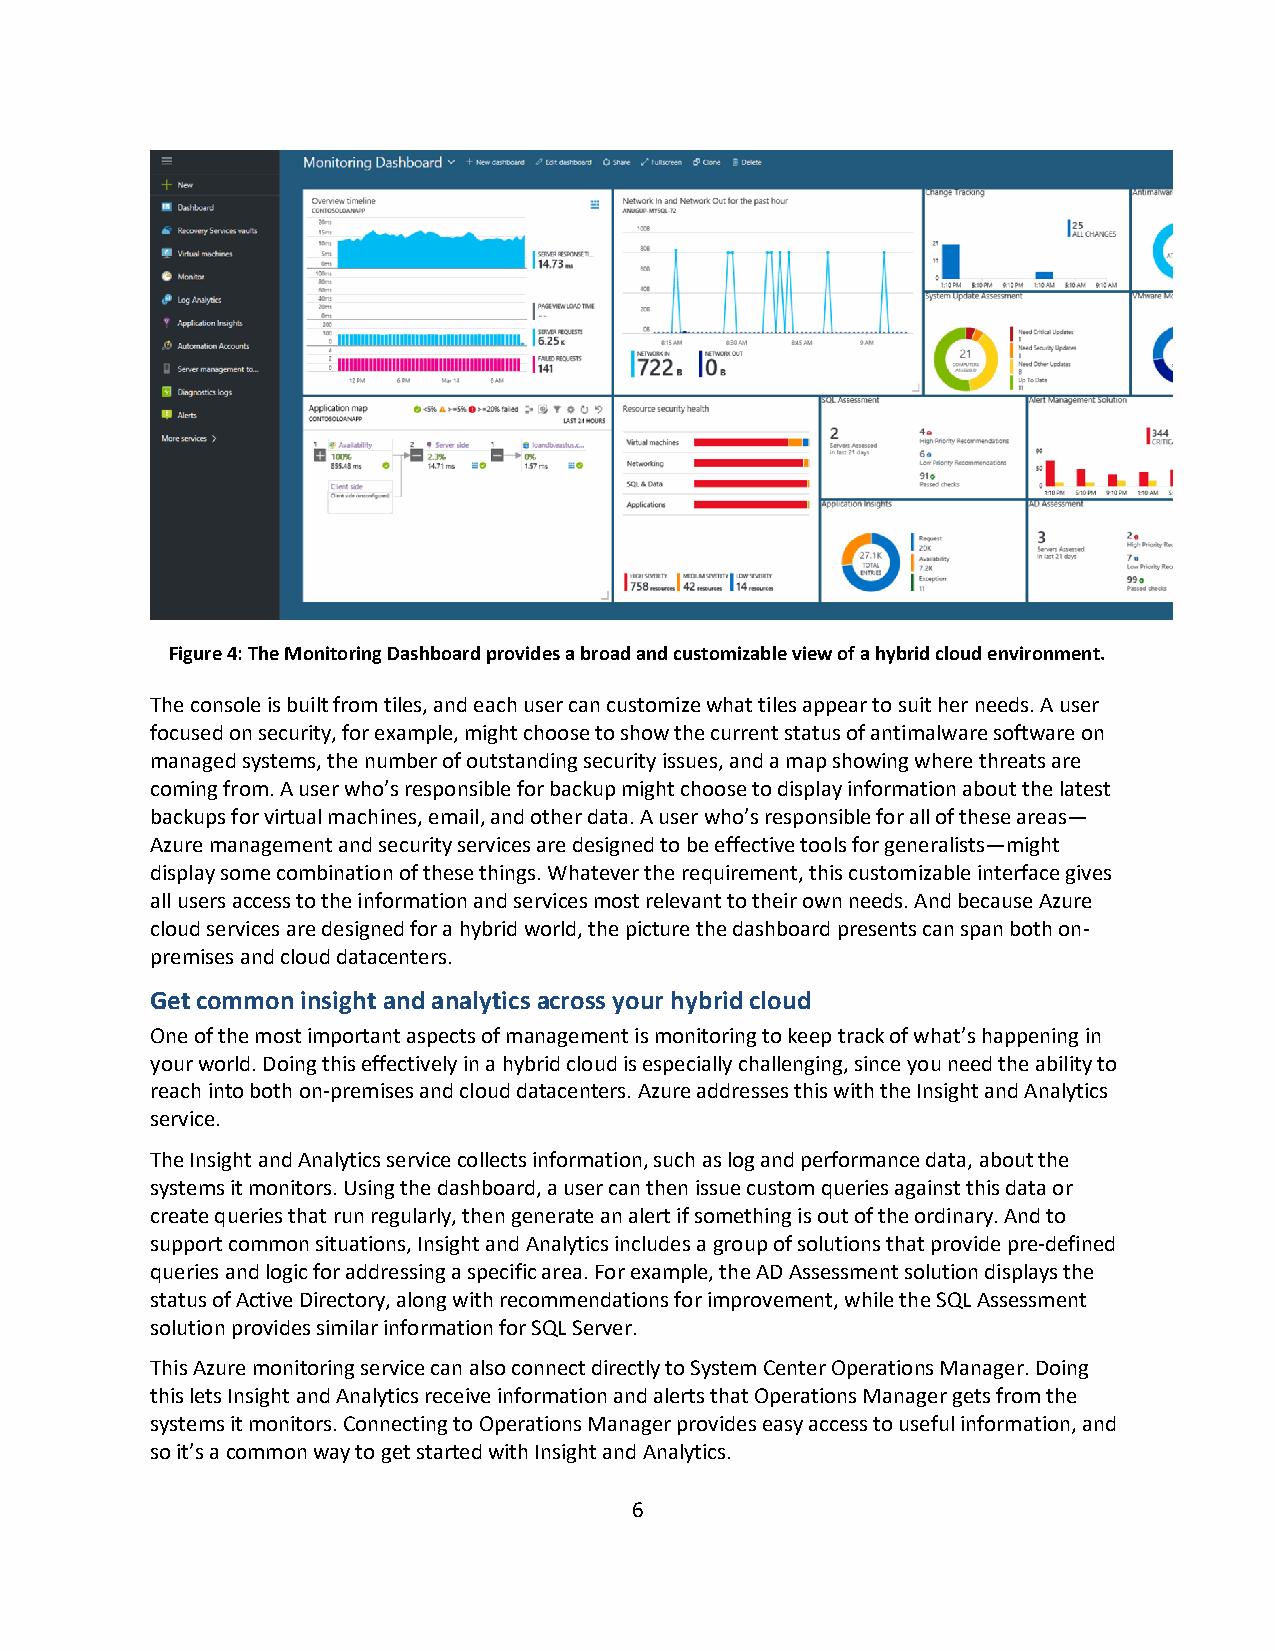
Figure 4: The Monitoring Dashboard provides a broad and customizable view of a hybrid cloud environment.
 The console is built from tiles, and each user can customize what tiles appear to suit her needs. A user
 focused on security, for example, might choose to show the current status of antimalware software on
 managed systems, the number of outstanding security issues, and a map showing where threats are
 coming from. A user who’s responsible for backup might choose to display information about the latest
 backups for virtual machines, email, and other data. A user who’s responsible for all of these areas—
 Azure management and security services are designed to be effective tools for generalists—might
 display some combination of these things. Whatever the requirement, this customizable interface gives
 all users access to the information and services most relevant to their own needs. And because Azure
 cloud services are designed for a hybrid world, the picture the dashboard presents can span both on-
 premises and cloud datacenters.
 Get common insight and analytics across your hybrid cloud
 One of the most important aspects of management is monitoring to keep track of what’s happening in
 your world. Doing this effectively in a hybrid cloud is especially challenging, since you need the ability to
 reach into both on-premises and cloud datacenters. Azure addresses this with the Insight and Analytics
 service.
 The Insight and Analytics service collects information, such as log and performance data, about the
 systems it monitors. Using the dashboard, a user can then issue custom queries against this data or
 create queries that run regularly, then generate an alert if something is out of the ordinary. And to
 support common situations, Insight and Analytics includes a group of solutions that provide pre-defined
 queries and logic for addressing a specific area. For example, the AD Assessment solution displays the
 status of Active Directory, along with recommendations for improvement, while the SQL Assessment
 solution provides similar information for SQL Server.
 This Azure monitoring service can also connect directly to System Center Operations Manager. Doing
 this lets Insight and Analytics receive information and alerts that Operations Manager gets from the
 systems it monitors. Connecting to Operations Manager provides easy access to useful information, and
 so it’s a common way to get started with Insight and Analytics.
 6